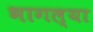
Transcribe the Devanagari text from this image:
भागल्या